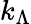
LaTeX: k_{\Lambda}